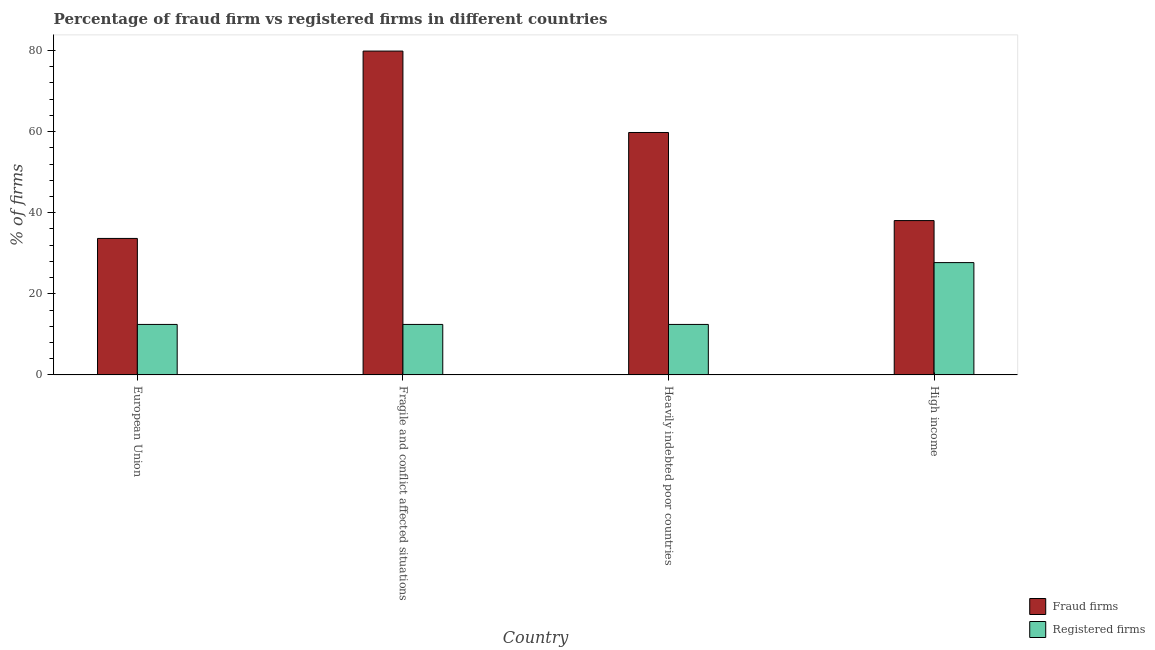
| Country | Fraud firms | Registered firms |
 | --- | --- | --- |
 | European Union | 33.7 | 12.4 |
 | Fragile and conflict affected situations | 79.9 | 12.4 |
 | Heavily indebted poor countries | 59.8 | 12.4 |
 | High income | 38.1 | 27.7 |